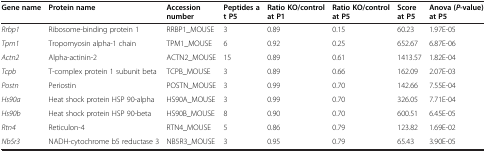
<table><thead><tr><td><b>Gene name</b></td><td><b>Protein name</b></td><td><b>Accession number</b></td><td><b>Peptides at P5</b></td><td><b>Ratio KO/control at P1</b></td><td><b>Ratio KO/control at P5</b></td><td><b>Score at P5</b></td><td><b>Anova ( <i>P </i>-value) at P5</b></td></tr></thead><tbody><tr><td><i>Rrbp1</i></td><td>Ribosome-binding protein 1</td><td>RRBP1_MOUSE</td><td>3</td><td>0.89</td><td>0.15</td><td>60.23</td><td>1.97E-05</td></tr><tr><td><i>Tpm1</i></td><td>Tropomyosin alpha-1 chain</td><td>TPM1_MOUSE</td><td>6</td><td>0.92</td><td>0.25</td><td>652.67</td><td>6.87E-06</td></tr><tr><td><i>Actn2</i></td><td>Alpha-actinin-2</td><td>ACTN2_MOUSE</td><td>15</td><td>0.89</td><td>0.61</td><td>1413.57</td><td>1.82E-04</td></tr><tr><td><i>Tcpb</i></td><td>T-complex protein 1 subunit beta</td><td>TCPB_MOUSE</td><td>3</td><td>0.89</td><td>0.66</td><td>162.09</td><td>2.07E-03</td></tr><tr><td><i>Postn</i></td><td>Periostin</td><td>POSTN_MOUSE</td><td>3</td><td>0.99</td><td>0.70</td><td>142.66</td><td>7.55E-04</td></tr><tr><td><i>Hs90a</i></td><td>Heat shock protein HSP 90-alpha</td><td>HS90A_MOUSE</td><td>3</td><td>0.99</td><td>0.70</td><td>326.05</td><td>7.71E-04</td></tr><tr><td><i>Hs90b</i></td><td>Heat shock protein HSP 90-beta</td><td>HS90B_MOUSE</td><td>8</td><td>0.90</td><td>0.70</td><td>600.51</td><td>6.45E-05</td></tr><tr><td><i>Rtn4</i></td><td>Reticulon-4</td><td>RTN4_MOUSE</td><td>5</td><td>0.86</td><td>0.79</td><td>123.82</td><td>1.69E-02</td></tr><tr><td><i>Nb5r3</i></td><td>NADH-cytochrome b5 reductase 3</td><td>NB5R3_MOUSE</td><td>3</td><td>0.95</td><td>0.79</td><td>65.43</td><td>3.90E-05</td></tr></tbody></table>